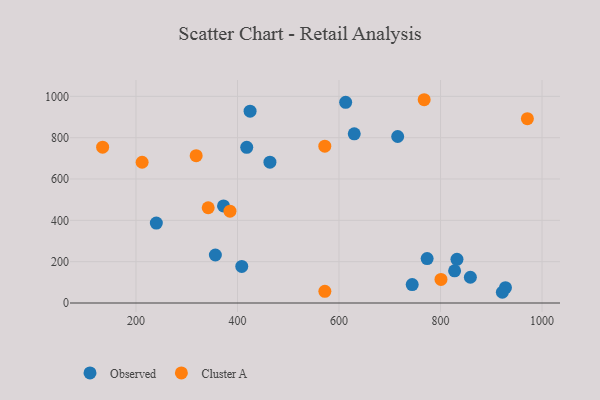
{"axis": {"x": "Experience", "y": "Demand"}, "legend": ["Cluster A", "Observed"], "data": [{"x": "418.2", "y": 753.4, "type": "Observed"}, {"x": "715.6", "y": 805.7, "type": "Observed"}, {"x": "927.9", "y": 74.0, "type": "Observed"}, {"x": "773.6", "y": 215.0, "type": "Observed"}, {"x": "613.1", "y": 971.3, "type": "Observed"}, {"x": "408.4", "y": 176.8, "type": "Observed"}, {"x": "630.0", "y": 818.6, "type": "Observed"}, {"x": "858.8", "y": 124.6, "type": "Observed"}, {"x": "463.9", "y": 681.6, "type": "Observed"}, {"x": "424.8", "y": 928.5, "type": "Observed"}, {"x": "921.8", "y": 51.9, "type": "Observed"}, {"x": "372.5", "y": 469.9, "type": "Observed"}, {"x": "240.1", "y": 387.0, "type": "Observed"}, {"x": "827.7", "y": 155.6, "type": "Observed"}, {"x": "744.2", "y": 89.2, "type": "Observed"}, {"x": "356.4", "y": 232.2, "type": "Observed"}, {"x": "832.4", "y": 211.4, "type": "Observed"}, {"x": "572.0", "y": 759.0, "type": "Cluster A"}, {"x": "318.6", "y": 713.1, "type": "Cluster A"}, {"x": "767.8", "y": 983.7, "type": "Cluster A"}, {"x": "572.1", "y": 56.4, "type": "Cluster A"}, {"x": "800.9", "y": 114.0, "type": "Cluster A"}, {"x": "385.2", "y": 444.5, "type": "Cluster A"}, {"x": "342.3", "y": 460.9, "type": "Cluster A"}, {"x": "212.1", "y": 681.2, "type": "Cluster A"}, {"x": "971.1", "y": 892.1, "type": "Cluster A"}, {"x": "134.3", "y": 754.0, "type": "Cluster A"}]}